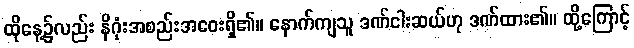
ထိုနေ့၌လည်း နိဂုံးအစည်းအဝေးရှိ၏။ နောက်ကျသူ ဒဏ်ငါးဆယ်ဟု ဒဏ်ထား၏။ ထို့ကြောင့်